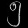
Digit: ၅